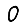
Digit: 0